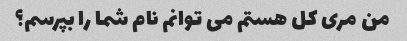
من مری کل هستم می توانم نام شما را بپرسم؟